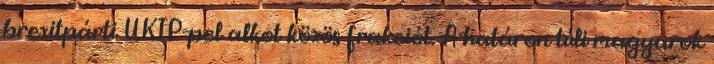
brexitpárti UKIP-pel alkot közös frakciót. A határon túli magyarok